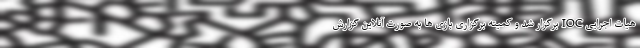
هیات اجرایی IOC برگزار شد و کمیته برگزاری بازی ها به صورت آنلاین گزارش